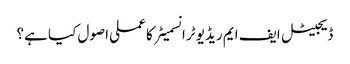
ڈیجیٹل ایف ایم ریڈیو ٹرانسمیٹر کا عملی اصول کیا ہے؟